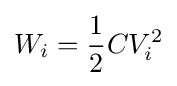
W_{i}={1 \over 2}CV_{i}^{2}